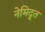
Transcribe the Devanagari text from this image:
नेमिदूत